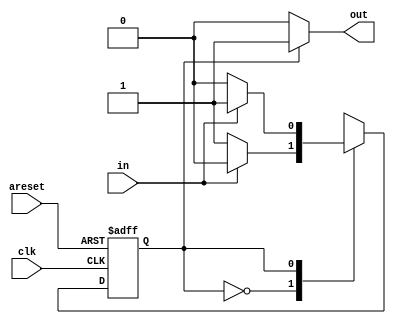
module top_module(
    input clk,
    input areset,    // Asynchronous reset to state B
    input in,
    output out);//  
  
    parameter A=0, B=1; 
	reg state;
	always @(posedge clk, posedge areset) begin    //
        // State flip-flops with asynchronous reset
        if(areset)begin
        state<=B;
        end
        else
        begin
               case(state)
               A:begin 
               if(~in) state<=B;
               else state<=A;
               end
               B:begin 
               if(~in) state<=A;
               else state<=B;
               end
               default:
               state<=state;
               endcase 
        end
    end
    //
     assign out = (state == B)?1:0;
endmodule